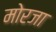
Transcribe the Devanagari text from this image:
मोरजा